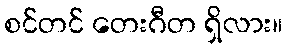
စင်တင် တေးဂီတ ရှိလား။